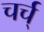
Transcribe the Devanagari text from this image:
चर्च्